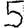
Digit: 5